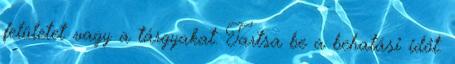
felületet vagy a tárgyakat. Tartsa be a behatási időt.